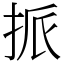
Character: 挀